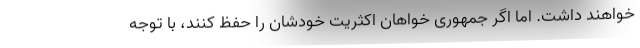
خواهند داشت. اما اگر جمهوری خواهان اکثریت خودشان را حفظ کنند، با توجه